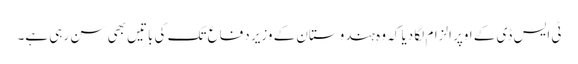
ٹی ایس ڈی کے اوپر الزام لگا دیا کہ وہ ہندوستان کے وزیر دفاع تک کی باتیں بھی سن رہی ہے۔